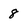
Character: 8